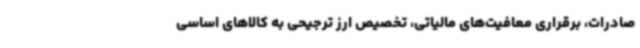
صادرات، برقراری معافیت‌های مالیاتی، تخصیص ارز ترجیحی به کالاهای اساسی